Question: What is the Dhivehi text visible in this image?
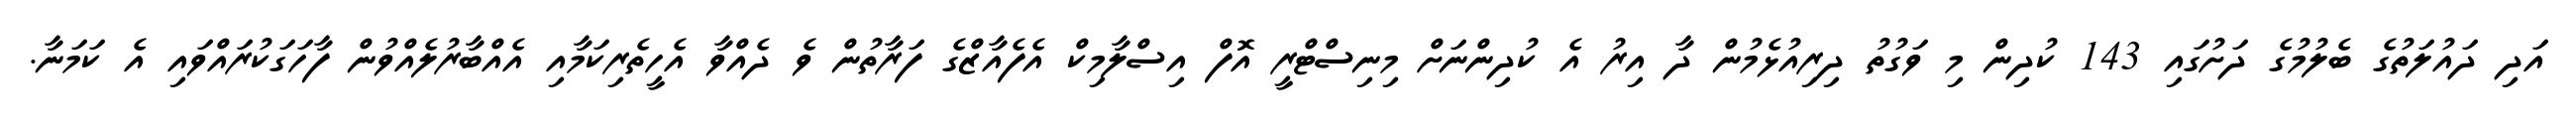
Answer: އަދި ދައުލަތުގެ ބެލުމުގެ ދަށުގައި 143 ކުދިން މި ވަގުތު ދިރިއުޅެމުން ދާ އިރު އެ ކުދިންނަށް މިނިސްޓްރީ އޮފް އިސްލާމިކް އެފެއާޒްގެ ފަރާތުން ވެ ދެއްވާ އެހީތެރިކަމާއި އެއްބާރުލެއްވުން ފާހަގަކުރައްވައި އެ ކަމަނާ.